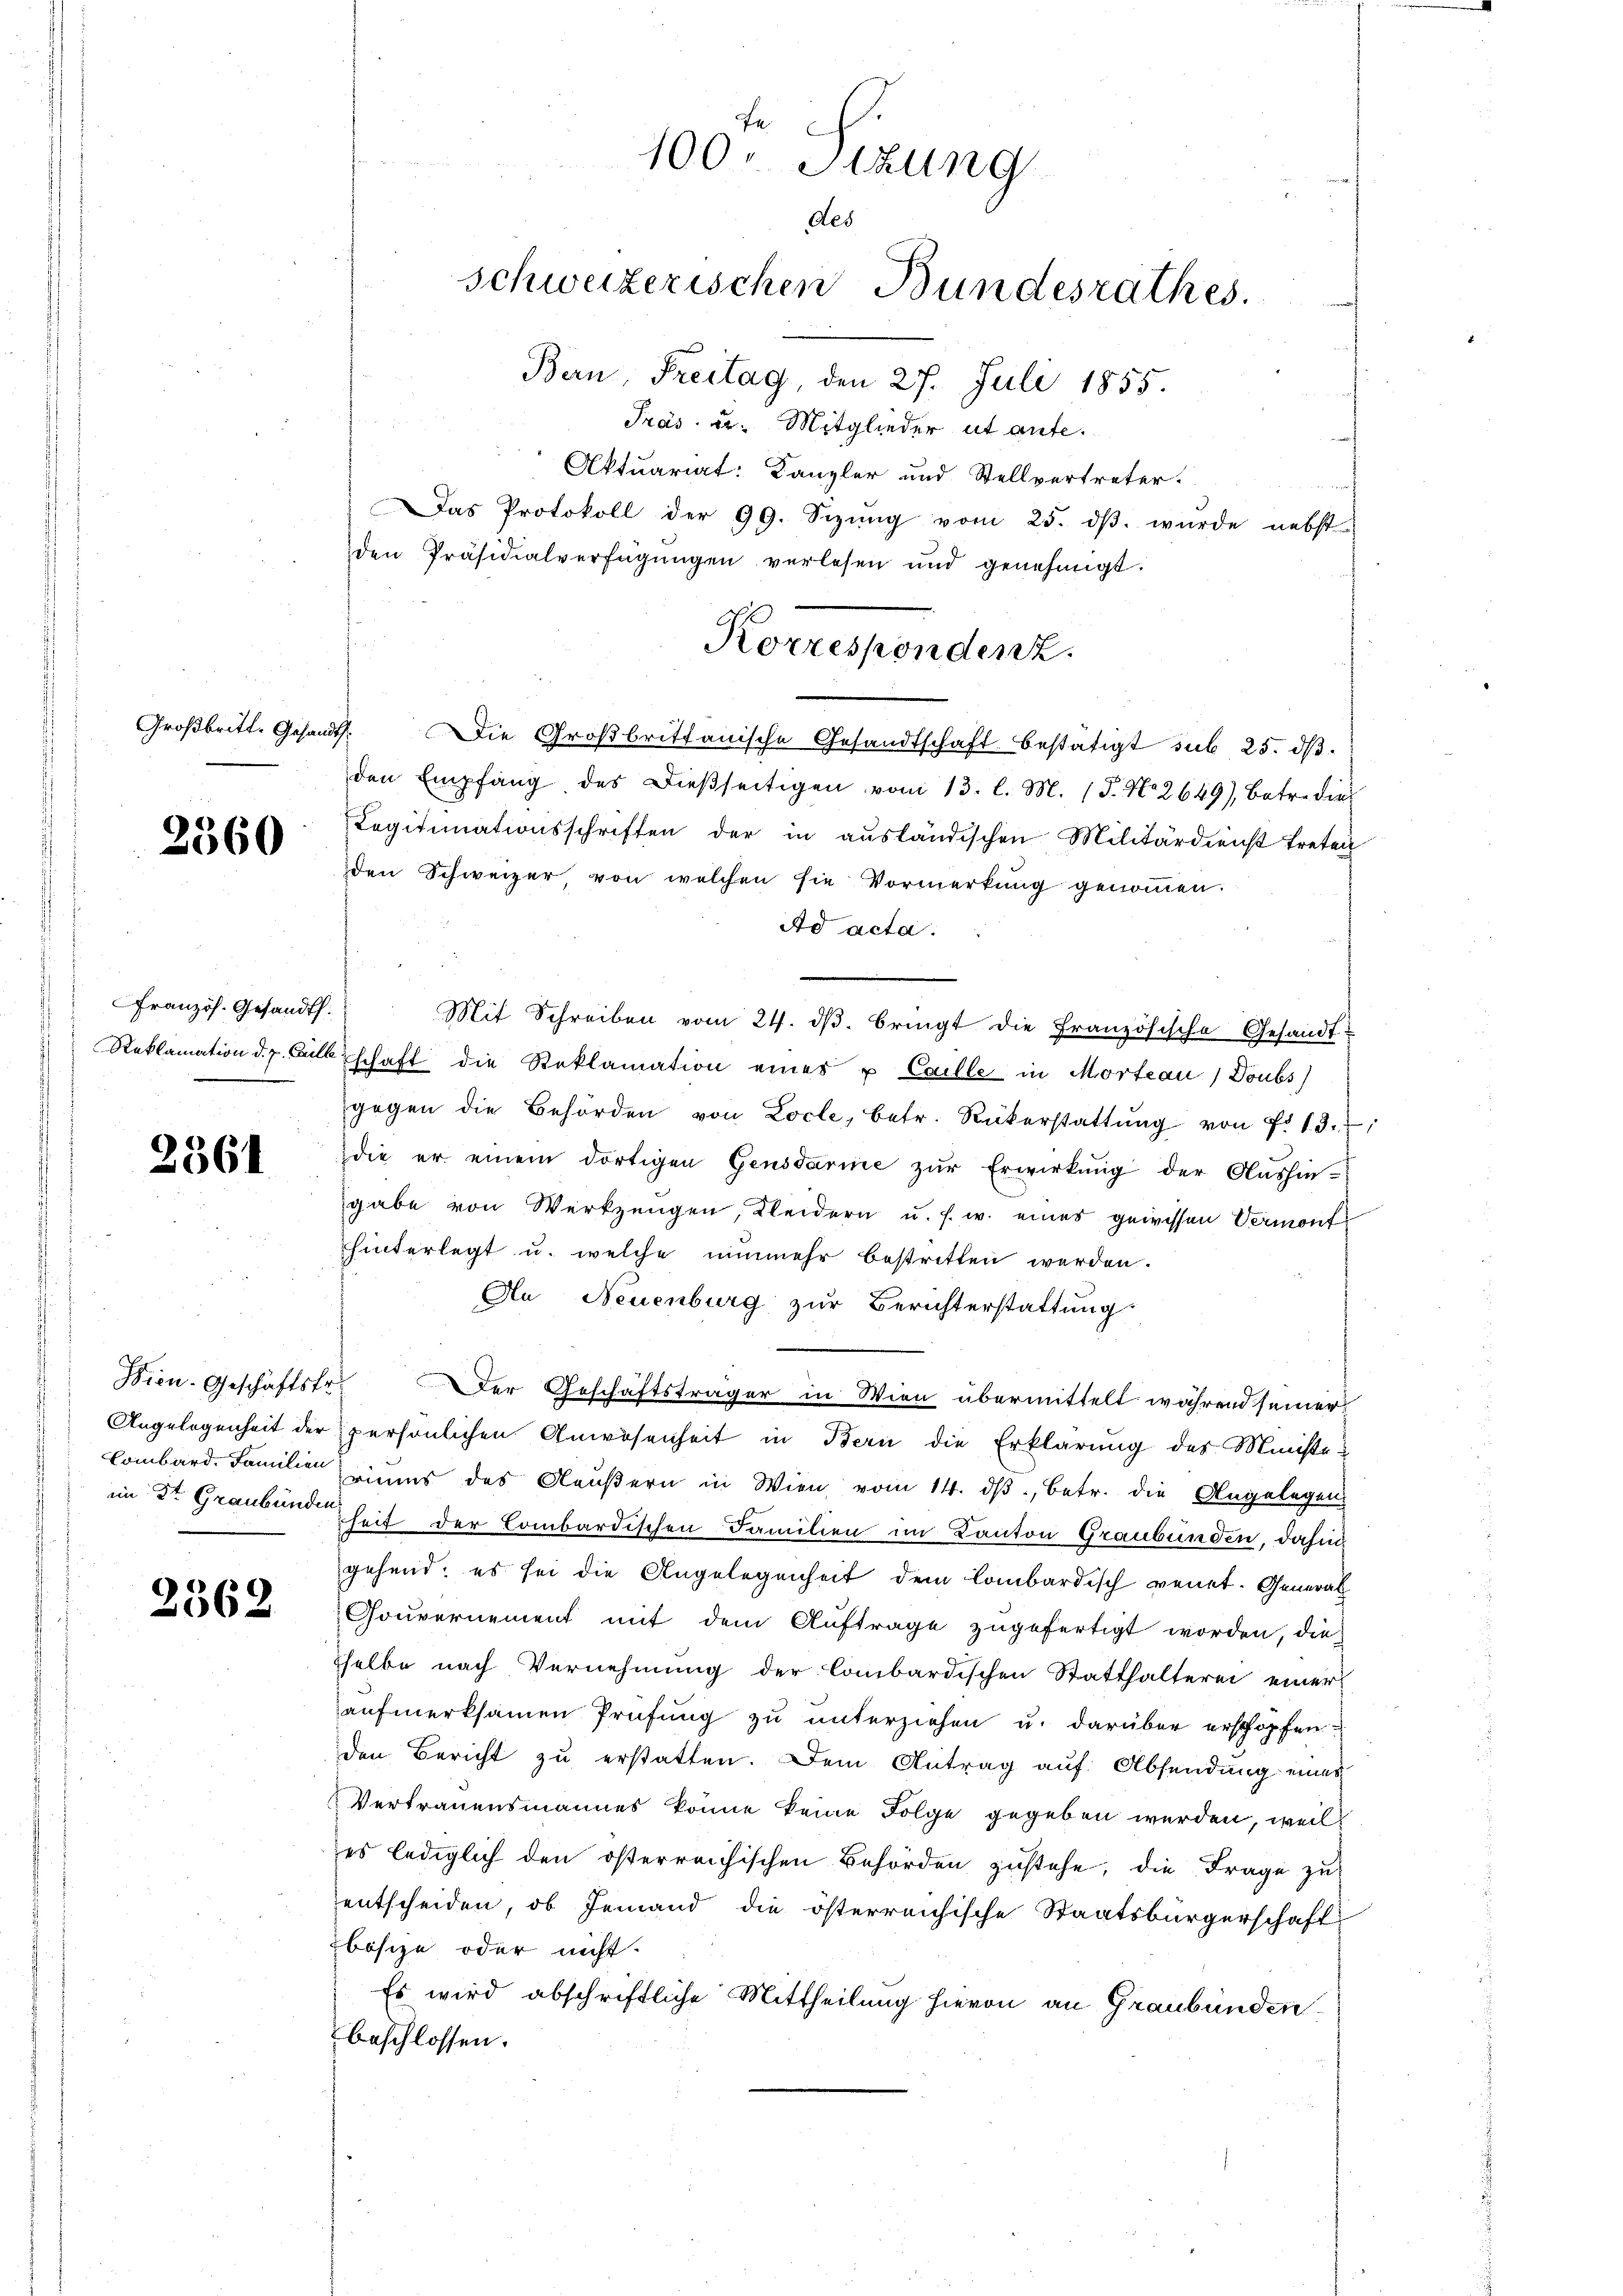
Großbritt. Gesand

2360

Französ. Gesandth.
Reklamation d. J. Galle

2561

Bien. Geschäftsfr.
Angelegenheit der
Combard. Familien
im St. Graubünder

2362

Fe
100. Sizung
des
schweizerischen Bundesrathes.
Bern, Freitag, den 27. Juli 1855.

Pras u. Mitglieder ut aufe.
Aktuariat: Kanzler und Stellvertreter.
Das Protokoll der 99. Sizŭng vom 25. dβ. wurde nebst
den Präsidialverfügŭngen verlesen und genehmigt.
Die Großbrittanische Gesandtschaft bestätigt sub 25. dβ
den Empfang des dieβseitigen vom 13. l. M. (T. No. 2649), betr. dies
Legitimationsschriften der in ausländischen Militärdienst treten
den Schweizer von welchen sie Vormerkung genoṁen.
Ad acta.
Mit Schreiben vom 24. dβ. bringt die Französische Gesandt-
schaft die Reklamation eines u Caille in Morteau) Doubs)
gegen die Behörden von Locle, betr. Rückerstattŭng von f. 13.
die er einem dortigen Gensdarme zŭr Erwirkung der Aushin-
gabe von Werkzeugen, Kleidern u. s. w. eines gewissen Vermont
hinterlegt u. welche nunmehr bestritten werden.
An Neuenburg zur Berichterstattung
Der Geschäftsträger in Wien übermittelt während seiner
persönlichen Anwesenheit in Bern die Erklärung des Ministeriums des Aeußern in Wien vom 14. ds., betr. die Angelegen
heit der Combardischen Familien im Kanton Graubünden, dahin
gehend; es sei die Angelegenheit dem lombardisch venet. General
Gouvernement mit dem Auftrage zugefertigt worden, die
selbe nach Vernehmung der Combardischen Statthalterei einer
aufmerksamen Prüfung zu unterziehen u. darüber erschopfen.
den Bericht zu erstatten. Dem Antrag auf Absendung eines
Vertrauensmannes könne keine Folge gegeben werden, weil
es lediglich den österreichischen Behörden zustehe, die Frage zu
entscheiden, ob Jemand die österreichische Staatsbürgerschaft
bösize oder nicht.
Es wird abschriftliche Mittheilung hievon an Graubünden
beschlossen:

Korrespondenz.